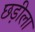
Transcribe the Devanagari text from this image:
छड़ीला